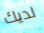
لديك